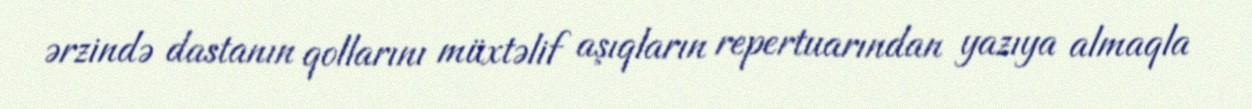
ərzində dastanın qollarını müxtəlif aşıqların repertuarından yazıya almaqla